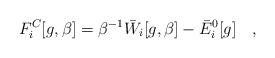
LaTeX: \begin{align*}F^C_i[g,\beta]=\beta^{-1}\bar{W}_i[g,\beta]-\bar{E}^0_i[g]~~~,\end{align*}